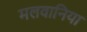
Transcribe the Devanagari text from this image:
मलवानिया